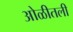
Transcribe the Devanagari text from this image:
ओळीतली